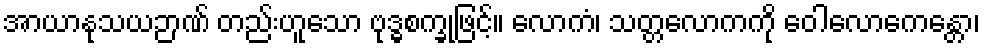
အာယာနုသယဉာဏ် တည်းဟူသော ဗုဒ္ဓစက္ခုဖြင့်။ လောကံ၊ သတ္တလောကကို ဝေါလောကေန္တော၊